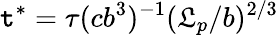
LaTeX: \mathtt{t}^{*}=\tau(cb^{3})^{-1}(\mathfrak{L}_{p}/b)^{2/3}